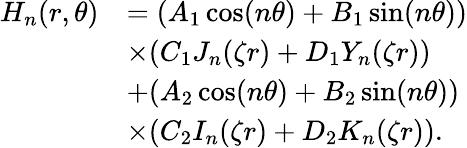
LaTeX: \begin{array}{rl}{H_{n}(r,\theta)}&{=(A_{1}\cos(n\theta)+B_{1}\sin(n\theta))}\\ &{\times(C_{1}J_{n}(\zeta r)+D_{1}Y_{n}(\zeta r))}\\ &{+(A_{2}\cos(n\theta)+B_{2}\sin(n\theta))}\\ &{\times(C_{2}I_{n}(\zeta r)+D_{2}K_{n}(\zeta r)).}\end{array}